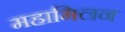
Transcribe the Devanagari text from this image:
महामिलन